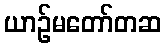
ယာဉ်မတော်တဆ